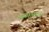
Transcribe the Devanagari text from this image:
कस्तुरबांच्या